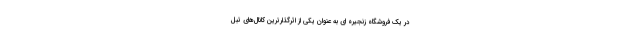
در یک فروشگاه زنجیره ای به عنوان یکی از اثرگذارترین کانال‌های تبل